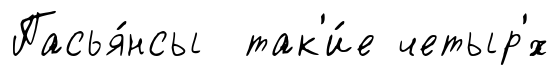
Пасья́нсы так'и́е четыр'́х